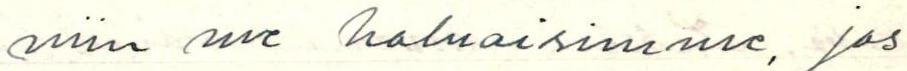
niin me haluaisimme, jos